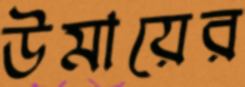
উমায়ের